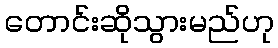
တောင်းဆိုသွားမည်ဟု